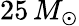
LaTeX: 25\, M_{\odot}